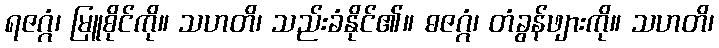
ရဇဂ္ဂံ၊ မြူစိုင်ကို။ သဟတိ၊ သည်းခံနိုင်၏။ ဓဇဂ္ဂံ၊ တံခွန်ဖျားကို။ သဟတိ၊